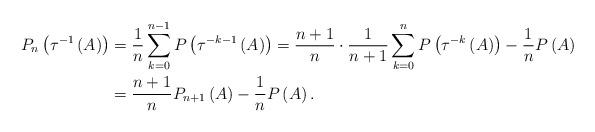
LaTeX: \begin{align*}P_{n}\left( \tau ^{-1}\left( A\right) \right) & =\frac{1}{n}\sum_{k=0}^{n-1}P\left( \tau ^{-k-1}\left( A\right) \right) =\frac{n+1}{n}\cdot \frac{1}{n+1}\sum_{k=0}^{n}P\left( \tau ^{-k}\left( A\right) \right) -\frac{1}{n}P\left( A\right) \\& =\frac{n+1}{n}P_{n+1}\left( A\right) -\frac{1}{n}P\left( A\right) .\end{align*}